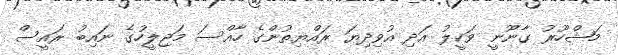
މަޝްހޫރު ގާނޫނީ ވަކީލު އަދި އުވިދިޔަ ރައްޔިތުންގެ ހާއްސަ މަޖިލީހުގެ ނައިބު ރައީސް